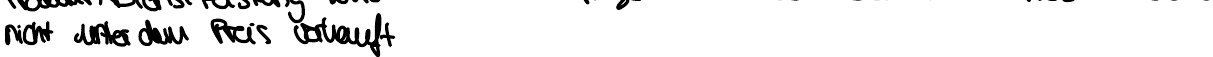
nicht unter dem Preis verkauft